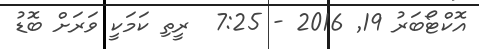
އޮކްޓޯބަރު 19